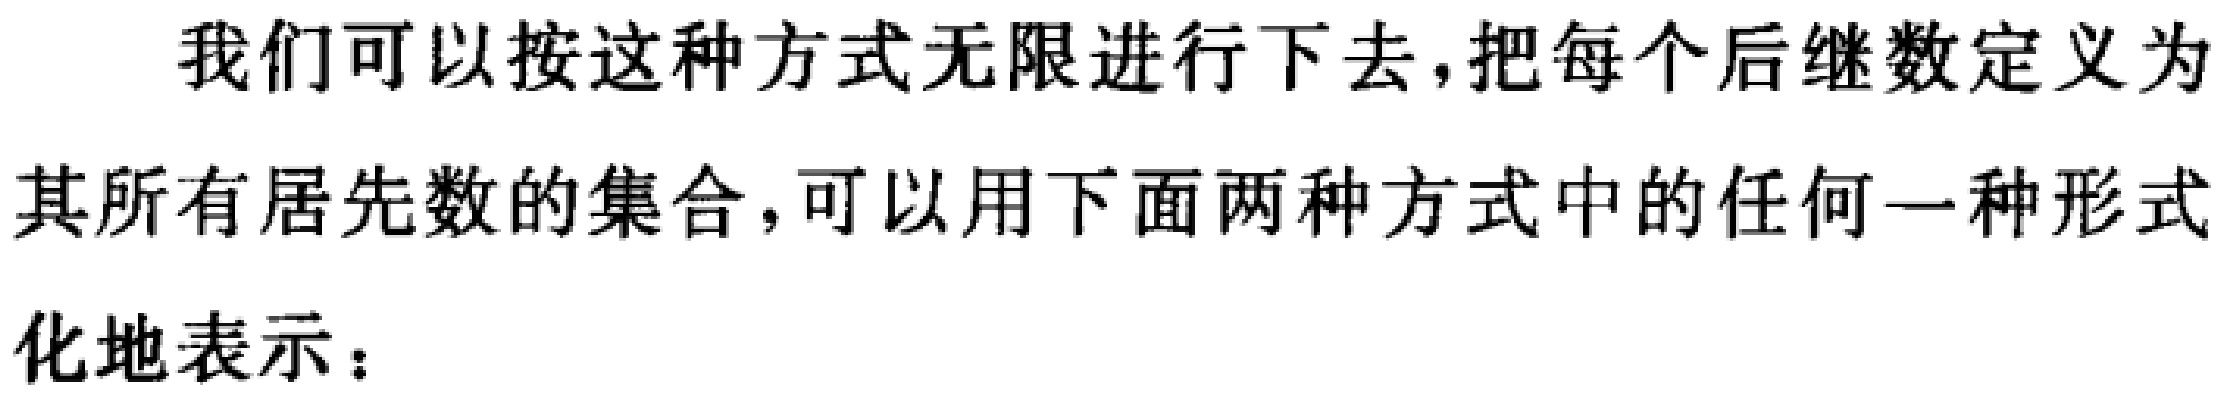
我们可以按这种方式无限进行下去，把每个后继数定义为其所有居先数的集合，可以用下面两种方式中的任何一种形式化地表示：